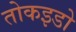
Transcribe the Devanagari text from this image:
तोकइडो